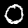
Label: 0